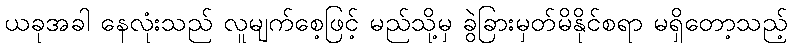
ယခုအခါ နေလုံးသည် လူမျက်စေ့ဖြင့် မည်သို့မှ ခွဲခြားမှတ်မိနိုင်စရာ မရှိတော့သည့်